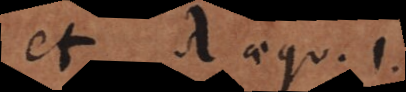
et λ aequ. 1.